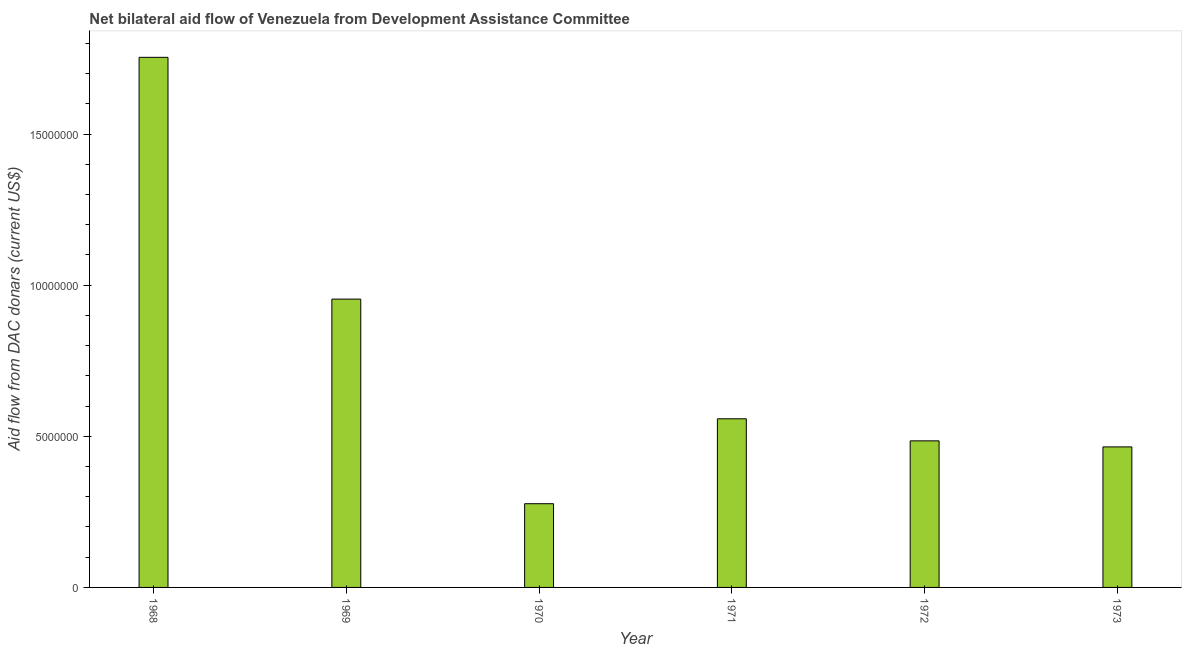
| Year | Net bilateral aid flows from DAC donors |
 | --- | --- |
 | 1968 | 1.75e+07 |
 | 1969 | 9.54e+06 |
 | 1970 | 2.77e+06 |
 | 1971 | 5.58e+06 |
 | 1972 | 4.85e+06 |
 | 1973 | 4.65e+06 |